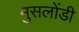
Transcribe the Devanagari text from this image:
मुसलोंडी